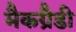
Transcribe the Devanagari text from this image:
मैकग्रैडी